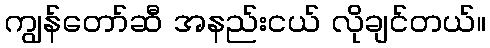
ကျွန်တော်ဆီ အနည်းငယ် လိုချင်တယ်။